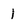
Character: 1